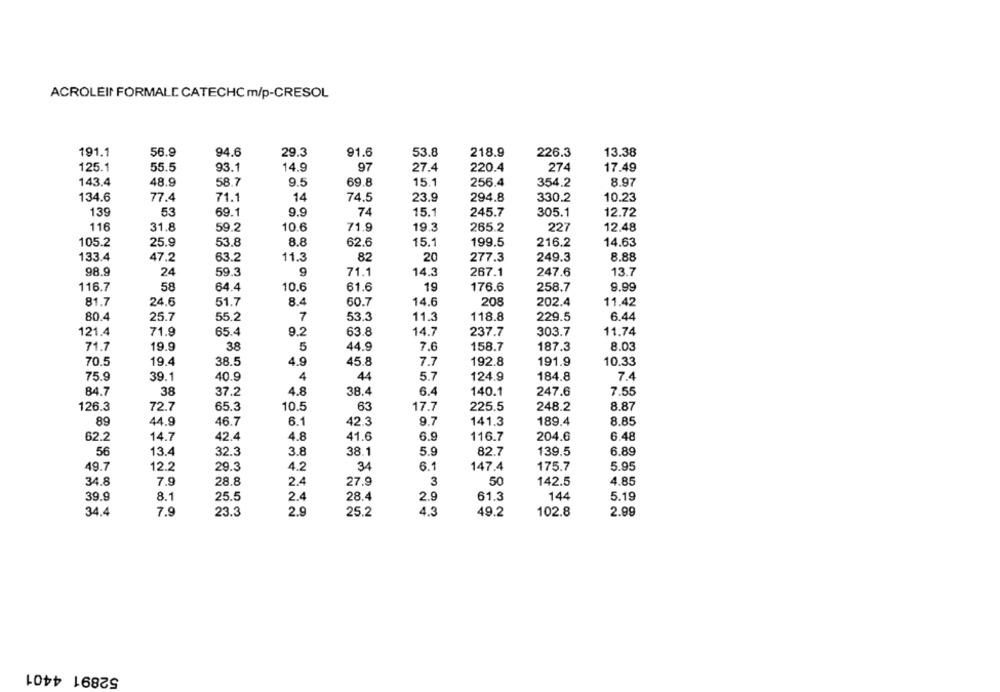
ACROLEIN FORMALE CATECHC m/p-CRESOL
191.1
29.3
218.9
56.9
94.6
91.6
53.8
226.3
13.38
125.1
55.5
93.1
14.9
97
27.4
220.4
274
17.49
143.4
48.9
58.7
9.5
69.8
15.1
256.4
354.2
8.97
134.6
77.4
71.1
14
74.5
23.9
294.8
330.2
10.23
139
53
69.1
9.9
74
15.1
245.7
305.1
12.72
116
31.8
59.2
10.6
71.9
19.3
265.2
227
12.48
53.8
8.8
15.1
14.63
105.2
25.9
62.6
199.5
216.2
133.4
47.2
63.2
11.3
82
20
277.3
249.3
8.88
98.9
24
59.3
9
71.1
14.3
267.1
247.6
13.7
116.7
58
64.4
10.6
61.6
19
176.6
258.7
9.99
81.7
24.6
51.7
8.4
60.7
14.6
208
202.4
11.42
80.4
25.7
55.2
7
53.3
11.3
118.8
229.5
6.44
121.4
65.4
9.2
63.8
14.7
237.7
303.7
11.74
71.9
5
71.7
19.9
38
44.9
7.6
158.7
187.3
8.03
70.5
19.4
38.5
4.9
45.8
7.7
192.8
191.9
10.33
75.9
39.1
40.9
4
44
5.7
124.9
184.8
7.4
84.7
38
37.2
4.8
38.4
6.4
140.1
247.6
7.55
126.3
72.7
65.3
10.5
63
17.7
225.5
248.2
8.87
89
44.9
46.7
6.1
42.3
9.7
189.4
8.85
141.3
42.4
41.6
204.6
62.2
14.7
4.8
6.9
116.7
6.48
56
13.4
32.3
3.8
38.1
5.9
82.7
139.5
6.89
49.7
12.2
29.3
4.2
34
6.1
147.4
175.7
5.95
34.8
7.9
28.8
2.4
27.9
3
50
142.5
4.85
39.9
8.1
25.5
2.4
28.4
2.9
61.3
144
5.19
34.4
2.9
2.99
7.9
23.3
25.2
4.3
49.2
102.8
52891 4401